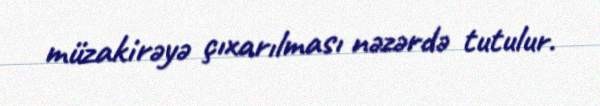
müzakirəyə çıxarılması nəzərdə tutulur.